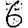
Digit: 6